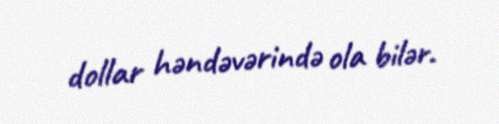
dollar həndəvərində ola bilər.